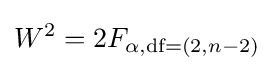
W^{2}=2F_{\alpha ,{\text{df}}=(2,n-2)}